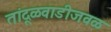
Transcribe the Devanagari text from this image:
तांदूळवाडीजवळ